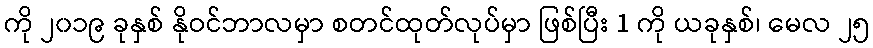
ကို ၂၀၁၉ ခုနှစ် နိုဝင်ဘာလမှာ စတင်ထုတ်လုပ်မှာ ဖြစ်ပြီး 1 ကို ယခုနှစ်၊ မေလ ၂၅